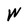
Character: W